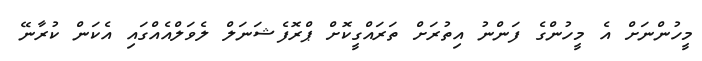
މީހުންނަށް އެ މީހުންގެ ފަންނު އިތުރަށް ތަރައްގީކޮށް ޕްރޮފެޝަނަލް ލެވަލްއެއްގައި އެކަން ކުރާނޭ